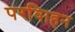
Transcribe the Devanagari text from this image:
परविाहन